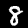
Label: 8